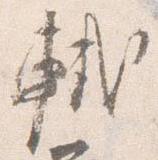
軾